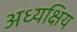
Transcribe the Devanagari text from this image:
अध्यक्षिय